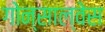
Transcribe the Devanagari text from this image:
गोन्साल्वेस